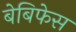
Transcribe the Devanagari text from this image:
बेबिफेस